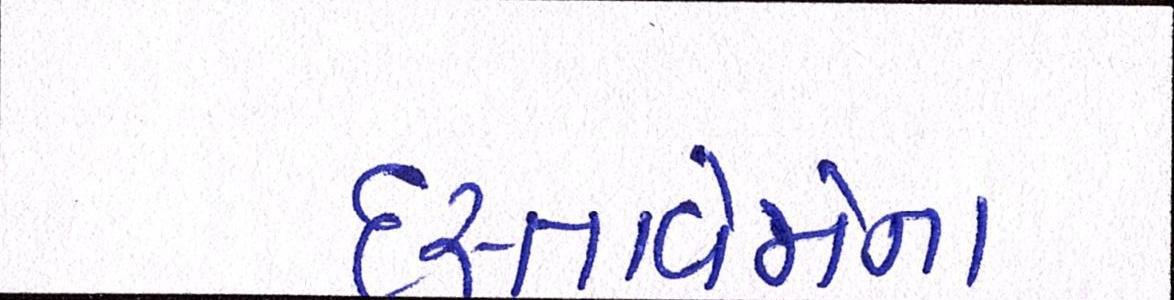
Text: દસ્તાવેજોના